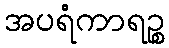
အပရံကာရဉ္စ